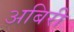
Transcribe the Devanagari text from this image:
अबिरी